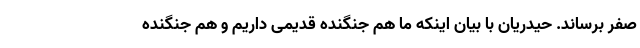
صفر برساند. حیدریان با بیان اینکه ما هم جنگنده قدیمی داریم و هم جنگنده